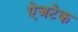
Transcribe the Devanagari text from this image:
ऐजटेक